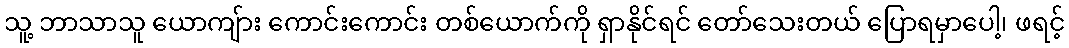
သူ့ ဘာသာသူ ယောကျ်ား ကောင်းကောင်း တစ်ယောက်ကို ရှာနိုင်ရင် တော်သေးတယ် ပြောရမှာပေါ့၊ ဖရင့်